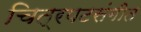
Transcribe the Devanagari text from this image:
चित्रपटसंगीत